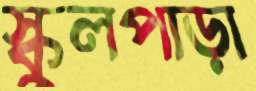
স্কুলপাড়া